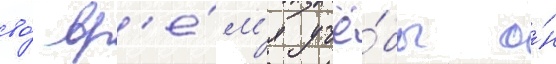
во́ вр'е́м'я учё́бы о́н